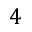
4